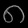
Digit: ၈